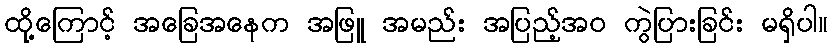
ထို့ကြောင့် အခြေအနေက အဖြူ အမည်း အပြည့်အဝ ကွဲပြားခြင်း မရှိပါ။